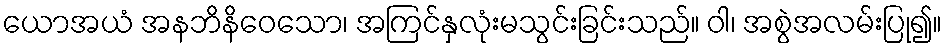
ယောအယံ အနဘိနိဝေသော၊ အကြင်နှလုံးမသွင်းခြင်းသည်။ ဝါ၊ အစွဲအလမ်းပြု၍။